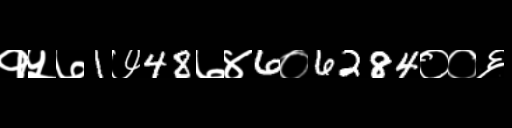
Text: १५७1७48७४6०6284००६